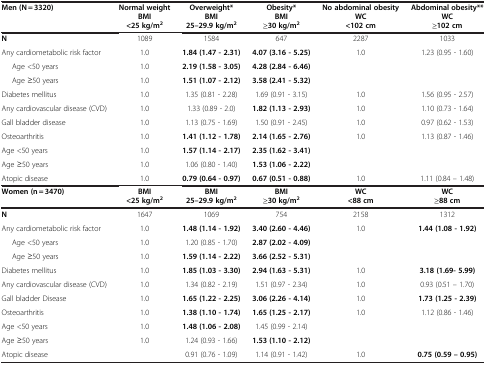
<table><thead><tr><td><b> </b></td><td><b> </b></td><td><b> </b></td><td><b> </b></td><td><b> </b></td><td><b> </b></td></tr></thead><tbody><tr><td><b>Men (N = 3320)</b></td><td><b>Normal weight BMI &lt;25 kg/m</b><sup><b>2</b></sup></td><td><b>Overweight* BMI 25–29.9 kg/m</b><sup><b>2</b></sup></td><td><b>Obesity* BMI ≥30 kg/m</b><sup><b>2</b></sup></td><td><b>No abdominal obesity WC &lt;102 cm</b></td><td><b>Abdominal obesity** WC ≥102 cm</b></td></tr><tr><td><b>N</b></td><td>1089</td><td>1584</td><td>647</td><td>2287</td><td>1033</td></tr><tr><td>Any cardiometabolic risk factor</td><td>1.0</td><td><b>1.84 (1.47 - 2.31)</b></td><td><b>4.07 (3.16 - 5.25)</b></td><td>1.0</td><td>1.23 (0.95 - 1.60)</td></tr><tr><td>Age &lt;50 years</td><td>1.0</td><td><b>2.19 (1.58 - 3.05)</b></td><td><b>4.28 (2.84 - 6.46)</b></td><td> </td><td> </td></tr><tr><td>Age ≥50 years</td><td>1.0</td><td><b>1.51 (1.07 - 2.12)</b></td><td><b>3.58 (2.41 - 5.32)</b></td><td> </td><td> </td></tr><tr><td>Diabetes mellitus</td><td>1.0</td><td>1.35 (0.81 - 2.28)</td><td>1.69 (0.91 - 3.15)</td><td>1.0</td><td>1.56 (0.95 - 2.57)</td></tr><tr><td>Any cardiovascular disease (CVD)</td><td>1.0</td><td>1.33 (0.89 - 2.0)</td><td><b>1.82 (1.13 - 2.93)</b></td><td>1.0</td><td>1.10 (0.73 - 1.64)</td></tr><tr><td>Gall bladder disease</td><td>1.0</td><td>1.13 (0.75 - 1.69)</td><td>1.50 (0.91 - 2.45)</td><td>1.0</td><td>0.97 (0.62 - 1.53)</td></tr><tr><td>Osteoarthritis</td><td>1.0</td><td><b>1.41 (1.12 - 1.78)</b></td><td><b>2.14 (1.65 - 2.76)</b></td><td>1.0</td><td>1.13 (0.87 - 1.46)</td></tr><tr><td>Age &lt;50 years</td><td>1.0</td><td><b>1.57 (1.14 - 2.17)</b></td><td><b>2.35 (1.62 - 3.41)</b></td><td> </td><td> </td></tr><tr><td>Age ≥50 years</td><td>1.0</td><td>1.06 (0.80 - 1.40)</td><td><b>1.53 (1.06 - 2.22)</b></td><td> </td><td> </td></tr><tr><td>Atopic disease</td><td>1.0</td><td><b>0.79 (0.64 - 0.97)</b></td><td><b>0.67 (0.51 - 0.88)</b></td><td>1.0</td><td>1.11 (0.84 – 1.48)</td></tr><tr><td><b>Women (n = 3470)</b></td><td><b>BMI &lt;25 kg/m</b><sup><b>2</b></sup></td><td><b>BMI 25–29.9 kg/m</b><sup><b>2</b></sup></td><td><b>BMI ≥30 kg/m</b><sup><b>2</b></sup></td><td><b>WC &lt;88 cm</b></td><td><b>WC ≥88 cm</b></td></tr><tr><td><b>N</b></td><td>1647</td><td>1069</td><td>754</td><td>2158</td><td>1312</td></tr><tr><td>Any cardiometabolic risk factor</td><td>1.0</td><td><b>1.48 (1.14 - 1.92)</b></td><td><b>3.40 (2.60 - 4.46)</b></td><td>1.0</td><td><b>1.44 (1.08 - 1.92)</b></td></tr><tr><td>Age &lt;50 years</td><td>1.0</td><td>1.20 (0.85 - 1.70)</td><td><b>2.87 (2.02 - 4.09)</b></td><td> </td><td> </td></tr><tr><td>Age ≥50 years</td><td>1.0</td><td><b>1.59 (1.14 - 2.22)</b></td><td><b>3.66 (2.52 - 5.31)</b></td><td> </td><td> </td></tr><tr><td>Diabetes mellitus</td><td>1.0</td><td><b>1.85 (1.03 - 3.30)</b></td><td><b>2.94 (1.63 - 5.31)</b></td><td>1.0</td><td><b>3.18 (1.69- 5.99)</b></td></tr><tr><td>Any cardiovascular disease (CVD)</td><td>1.0</td><td>1.34 (0.82 - 2.19)</td><td>1.51 (0.97 - 2.34)</td><td>1.0</td><td>0.93 (0.51 – 1.70)</td></tr><tr><td>Gall bladder Disease</td><td>1.0</td><td><b>1.65 (1.22 - 2.25)</b></td><td><b>3.06 (2.26 - 4.14)</b></td><td>1.0</td><td><b>1.73 (1.25 - 2.39)</b></td></tr><tr><td>Osteoarthritis</td><td>1.0</td><td><b>1.38 (1.10 - 1.74)</b></td><td><b>1.65 (1.25 - 2.17)</b></td><td>1.0</td><td>1.12 (0.86 - 1.46)</td></tr><tr><td>Age &lt;50 years</td><td>1.0</td><td><b>1.48 (1.06 - 2.08)</b></td><td>1.45 (0.99 - 2.14)</td><td> </td><td> </td></tr><tr><td>Age ≥50 years</td><td>1.0</td><td>1.24 (0.93 - 1.66)</td><td><b>1.53 (1.10 - 2.12)</b></td><td> </td><td> </td></tr><tr><td>Atopic disease</td><td> </td><td>0.91 (0.76 - 1.09)</td><td>1.14 (0.91 - 1.42)</td><td>1.0</td><td><b>0.75 (0.59 – 0.95)</b></td></tr></tbody></table>